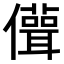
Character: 𠐪